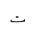
Letter: _ta